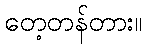
တေ့တန်တား။